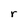
Character: r